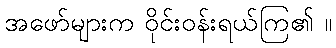
အဖော်များက ဝိုင်းဝန်းရယ်ကြ၏ ။